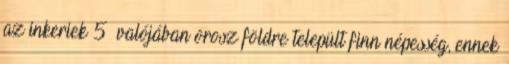
az inkeriek 5 valójában orosz földre települt finn népesség, ennek